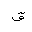
Letter: _qaf